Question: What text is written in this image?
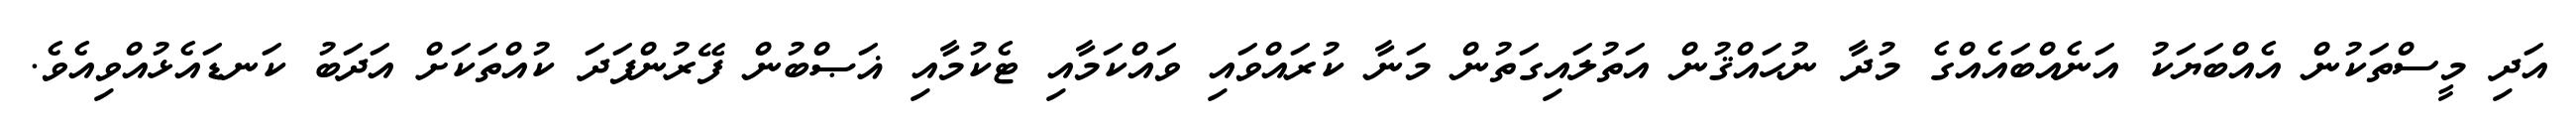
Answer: އަދި މީސްތަކުން އެއްބަޔަކު އަނެއްބައެއްގެ މުދާ ނުޙައްޤުން އަތުލައިގަތުން މަނާ ކުރައްވައި ވައްކަމާއި ޓެކުމާއި ޣަޞްބުން ފޭރުންފަދަ ކުއްތަކަށް އަދަބު ކަނޑައެޅުއްވިއެވެ.